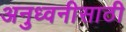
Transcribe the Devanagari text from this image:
अनुध्वनीसाठी